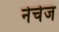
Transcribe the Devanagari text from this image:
नेचेज